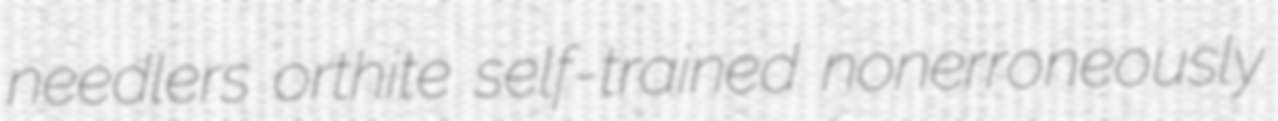
needlers orthite self-trained nonerroneously